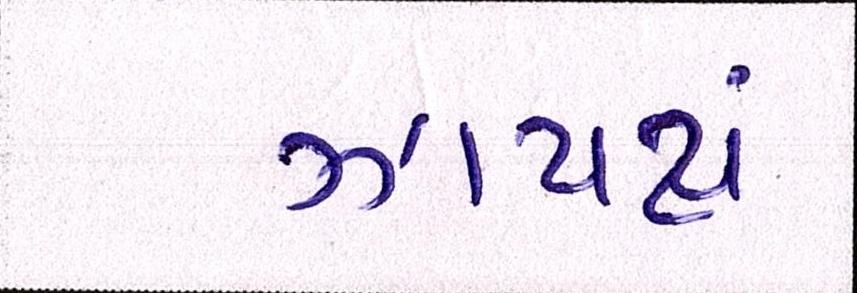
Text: ઝાપટાં